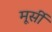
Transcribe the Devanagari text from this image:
मूर्सी